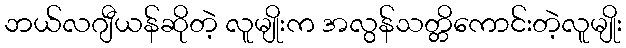
ဘယ်လဂျီယန်ဆိုတဲ့ လူမျိုးက အလွန်သတ္တိကောင်းတဲ့လူမျိုး